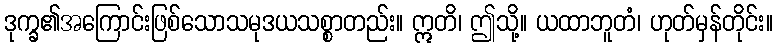
ဒုက္ခ၏အကြောင်းဖြစ်သောသမုဒယသစ္စာတည်း။ ဣတိ၊ ဤသို့။ ယထာဘူတံ၊ ဟုတ်မှန်တိုင်း။